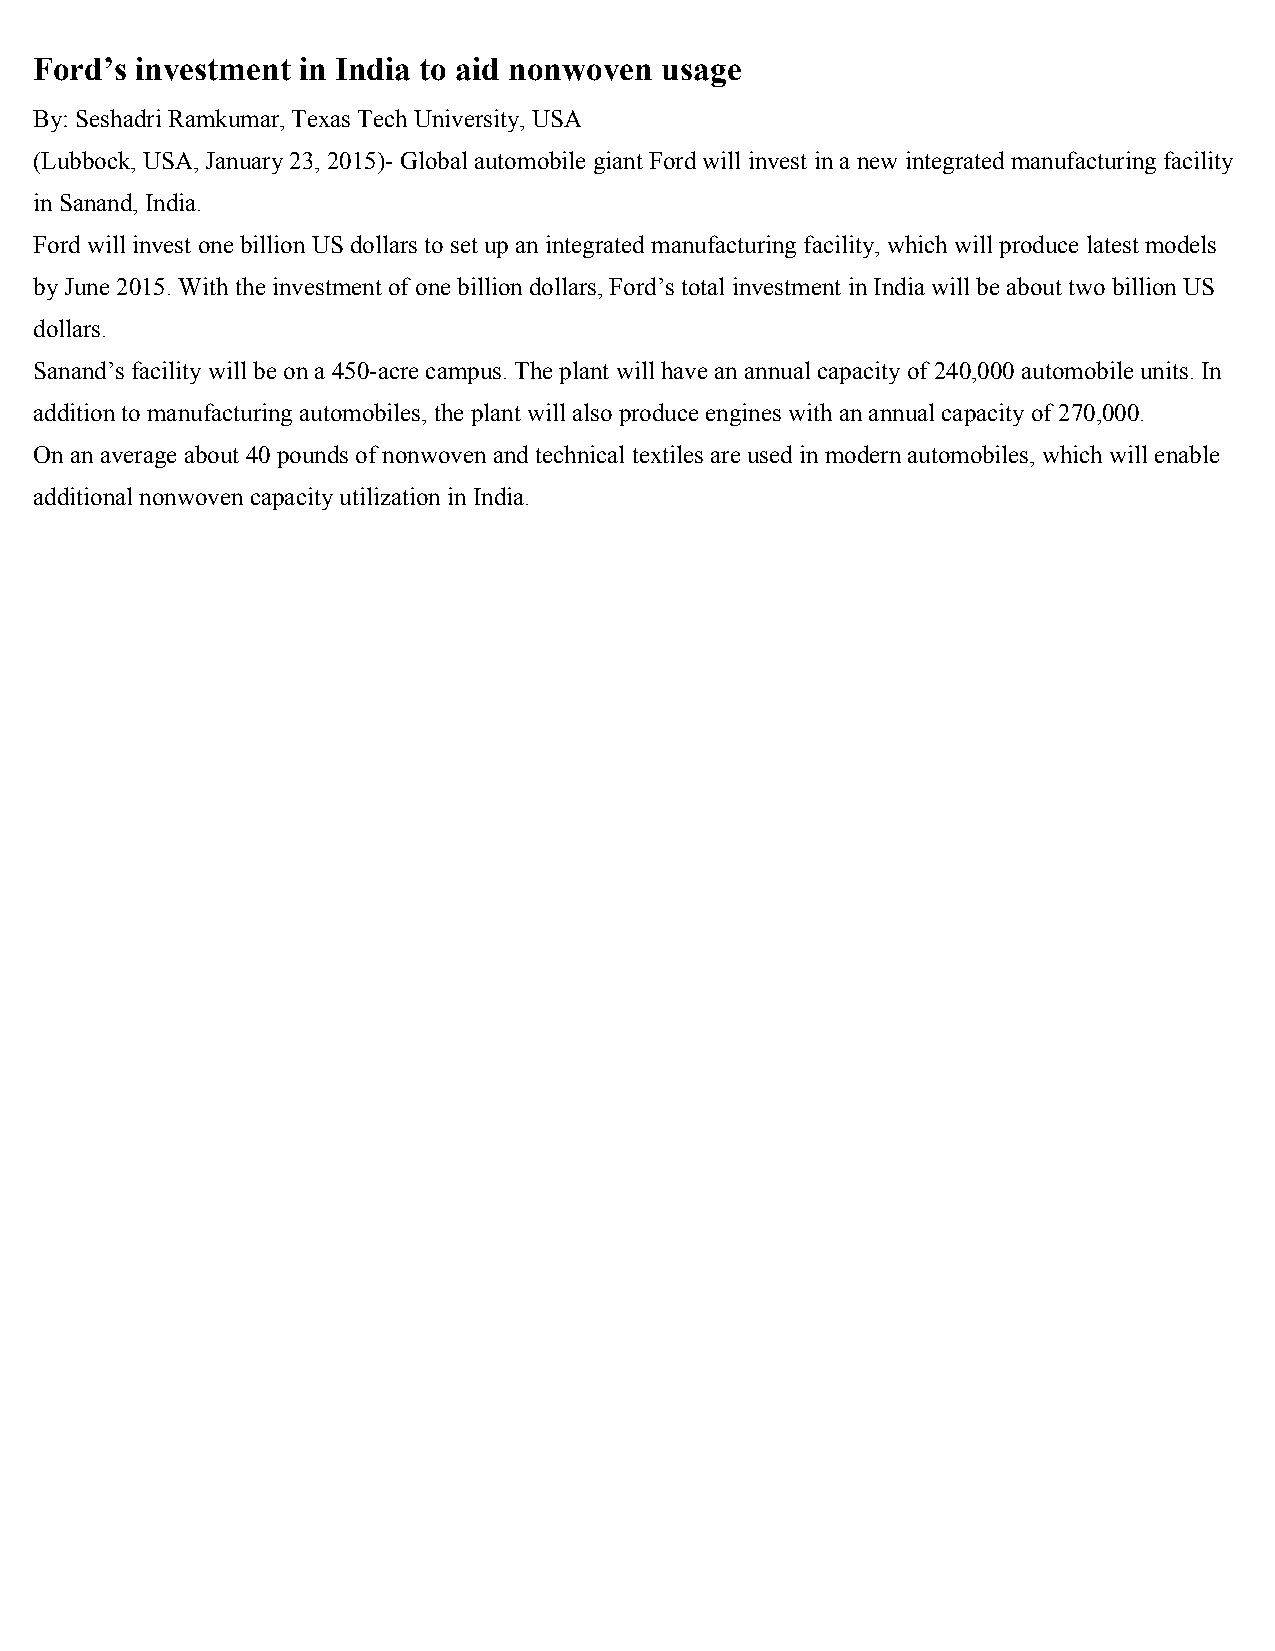
Ford’s investment in India to aid nonwoven usage
 By: Seshadri Ramkumar, Texas Tech University, USA
 (Lubbock, USA, January 23, 2015)- Global automobile giant Ford will invest in a new integrated manufacturing facility
 in Sanand, India.
 Ford will invest one billion US dollars to set up an integrated manufacturing facility, which will produce latest models
 by June 2015. With the investment of one billion dollars, Ford’s total investment in India will be about two billion US
 dollars.
 Sanand’s facility will be on a 450-acre campus. The plant will have an annual capacity of 240,000 automobile units. In
 addition to manufacturing automobiles, the plant will also produce engines with an annual capacity of 270,000.
 On an average about 40 pounds of nonwoven and technical textiles are used in modern automobiles, which will enable
 additional nonwoven capacity utilization in India.